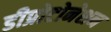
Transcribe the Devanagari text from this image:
डीप्रोटोनेशन